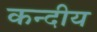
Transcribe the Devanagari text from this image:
कन्दीय